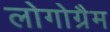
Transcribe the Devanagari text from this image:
लोगोग्रैम